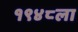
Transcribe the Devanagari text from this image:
१९४८ला